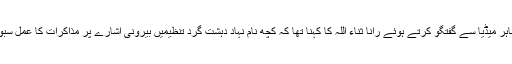
پنجاب اسمبلی کے باہر میڈیا سے گفتگو کرتے ہوئے رانا ثناء اللہ کا کہنا تھا کہ کچھ نام نہاد دہشت گرد تنظیمیں بیرونی اشارے پر مذاکرات کا عمل سبوتاژ کرنا چاہتی ہیں۔